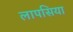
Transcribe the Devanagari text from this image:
लापसिया